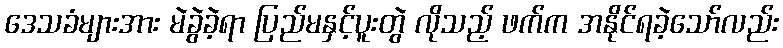
ဒေသခံများအား မဲခွဲခဲ့ရာ ပြည်မနှင့်ပူးတွဲ လိုသည့် ဖက်က အနိုင်ရခဲ့သော်လည်း